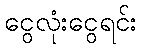
ငွေလုံးငွေရင်း